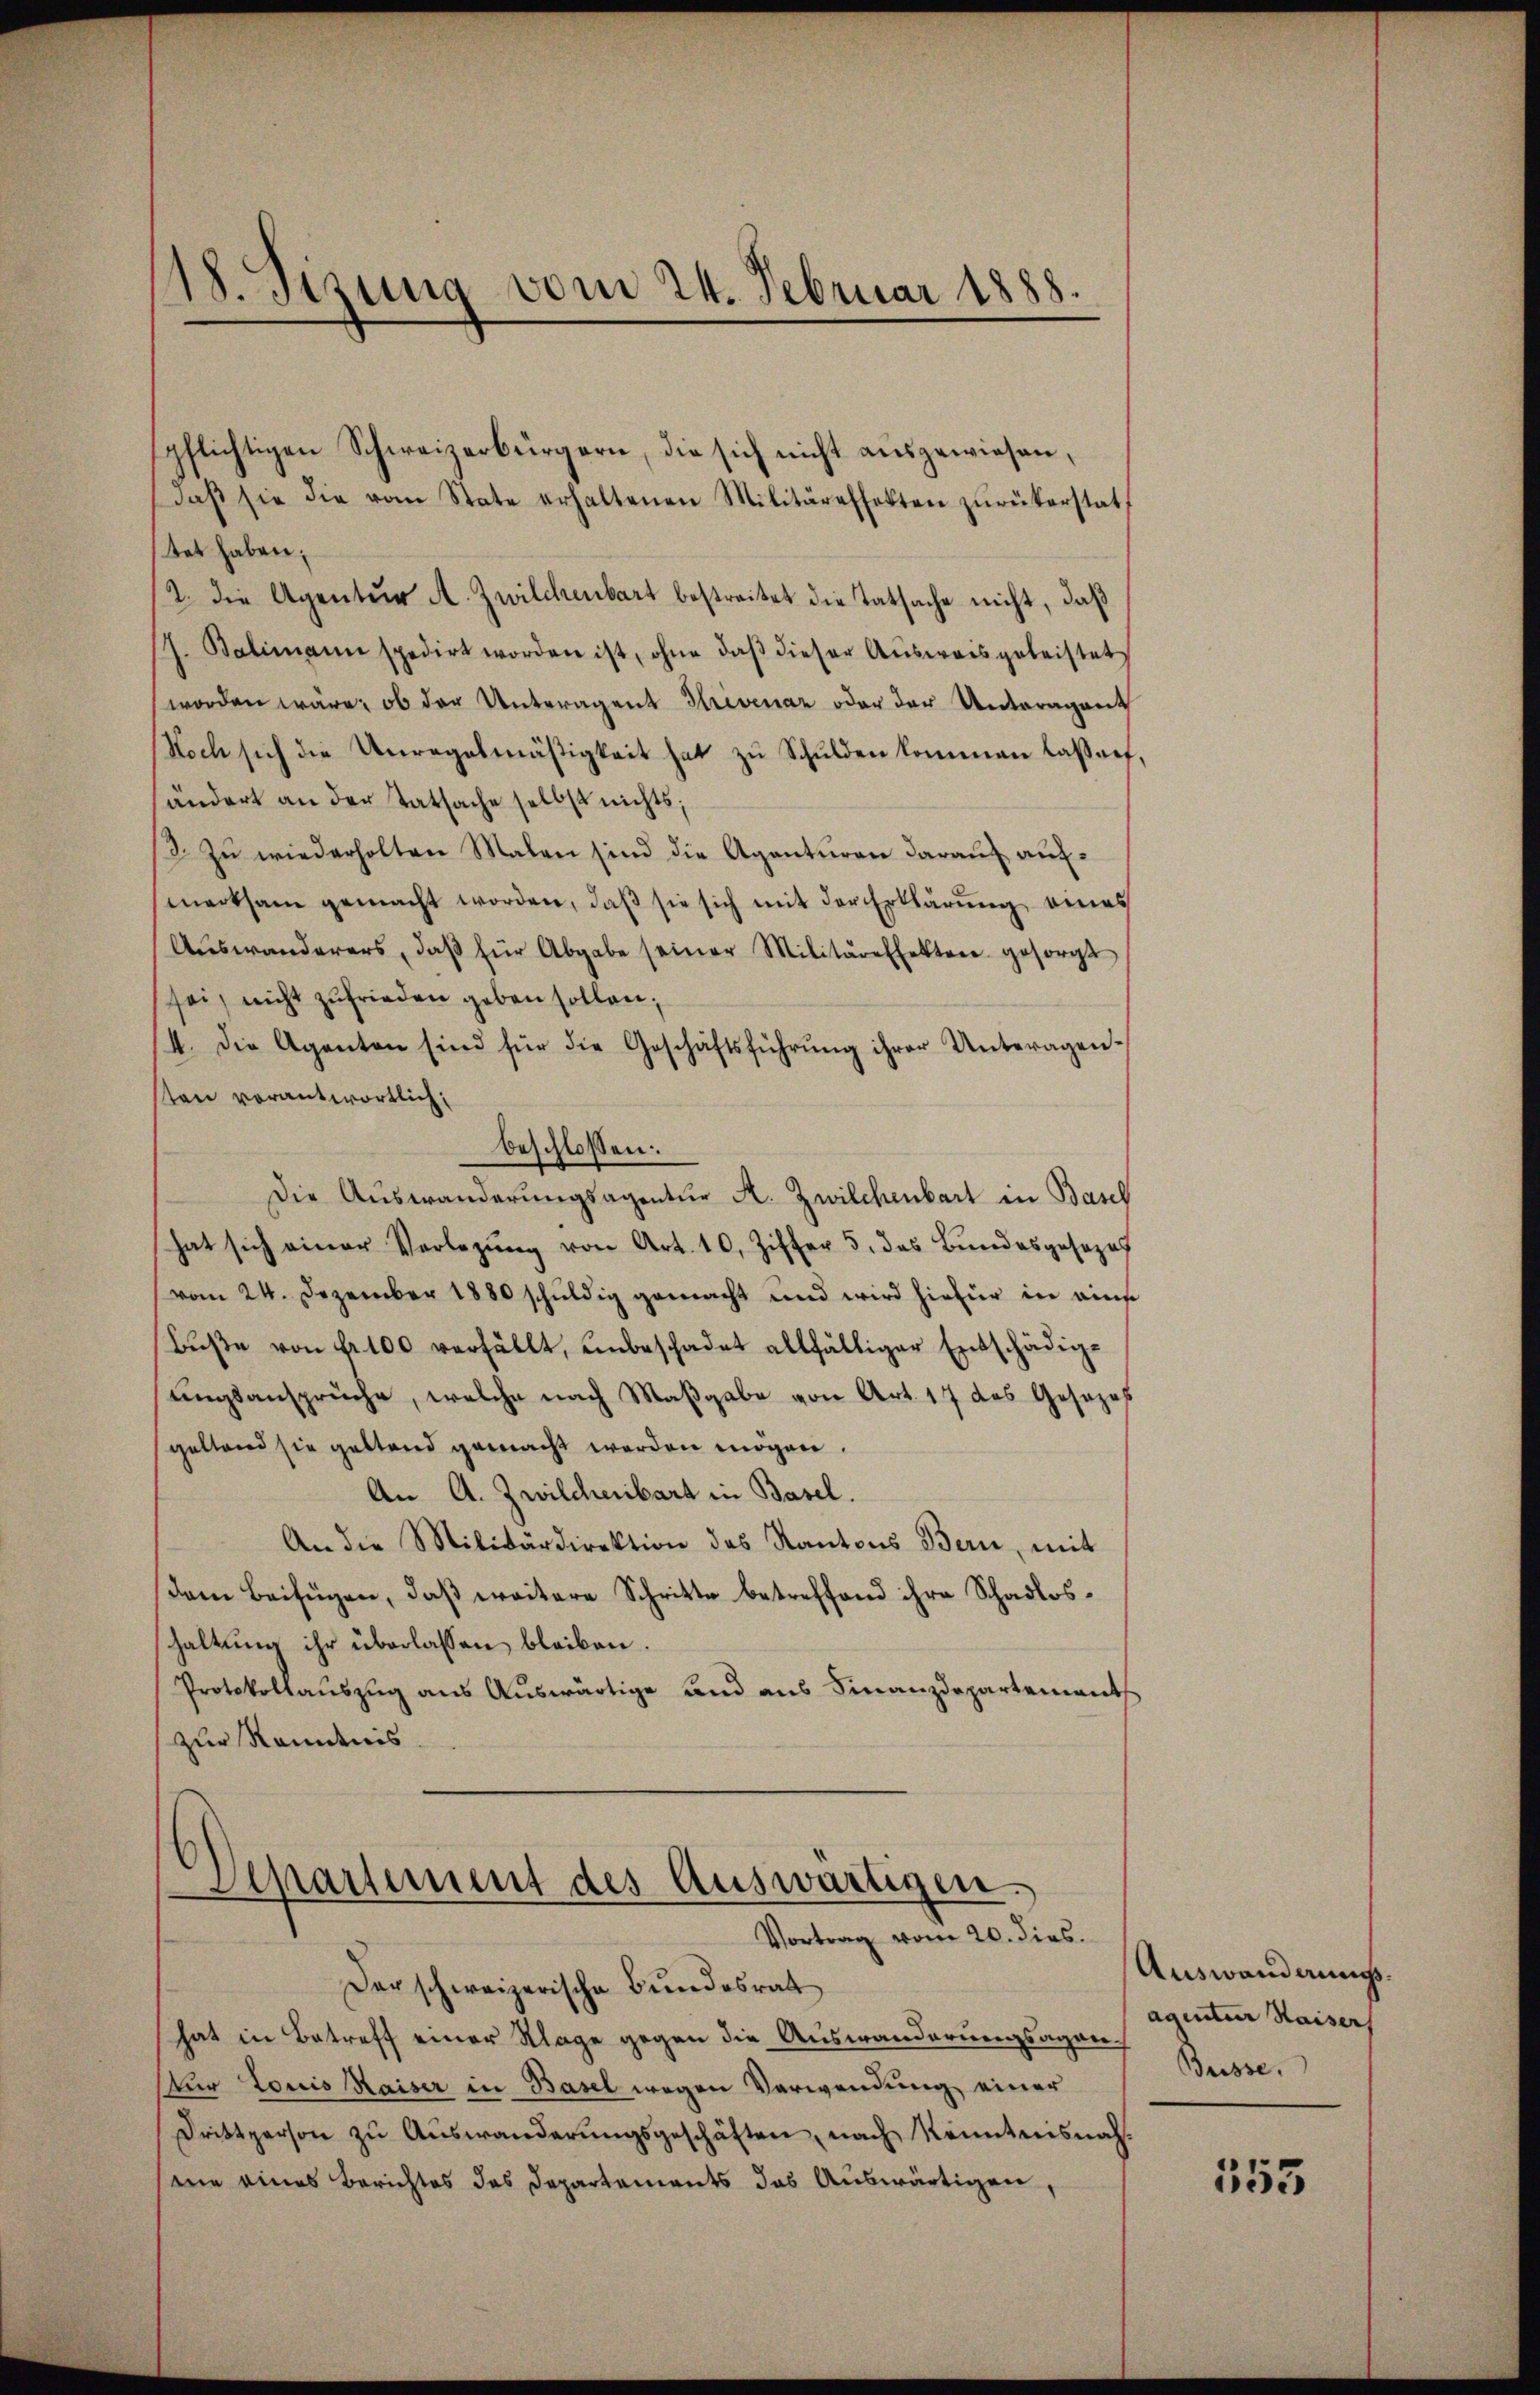
18. Sisung vom 24. Februar 1888.

spflichtigen Schweizerbürgern, die sich nicht ausgewiesen,
daβ sie die vom State erhaltenen Militäreffekten zurükerstattet haben;
2. Die Agentur A. Zwilchenbart bestreitet die Tatsache nicht, daß
/7. Balimann spedirt worden ist, ohne daβ dieser Aŭsweis geleistet
worden wäre, ob der Unteragens Hrevenaz oder der Unteragent
Noch sich die Unregelmäßigkeit hat zŭ Schulden kommen lassenf
ändert an der Tatsache selbst nichts;
3. Zu wiederholten Malen sind die Agenturen darauf aufmerksam gemacht worden, daβ sie sich mit der Erklärŭng eines
Aŭswanderers, daβ für Abgabe seiner Militäreffekten gesorgt
sei, nicht zufrieden geben sollen;
14. Die Agenten sind für die Geschäftsführung ihrer Unteragensten vorantwortlich:
beschlossen:
Die Auswanderungsagentur A. Zwilchenbart in Basch
hat sich einer Verlegŭng von Art. 10. Ziffer 5. das Bŭndesgesezes
vom 24. Dezember 1880 schuldig gemacht und wird hiefür in eins
Bŭβe von Fr. 100 verfällt, unbeschadet allfälliger Entschädigungsansprüche, welche nach Maßgabe von Art. 17 das Gesezes
geltend sie geltend gemacht werden mögen.
An A. Zwilchenbart in Basel.
An die Militärdirektion des Kantons Bern, mit
dem Beifügen, daß weitere Schritte betreffend ihre Schadloshaltung ihr überlassen bleiben.
Protokollauszug aus Auswärtige und aus Finanzdepartements
zur Kenntnis.

Departement des Auswärtigen.
Vortrag vom 20. dies.

Der schweizerische Bundesrat
hat in Betreff einer Klage gegen die Auswanderungsagen¬
Nur Louis Kaiser in Basel wegen Verwendung einer
Drittperson zu Auswanderungsgeschäften, nach Kenntnisnahsine eines Berichtes des Departements das Auswärtigen,

Auswanderungsagentur Waisers
Buisse.

555